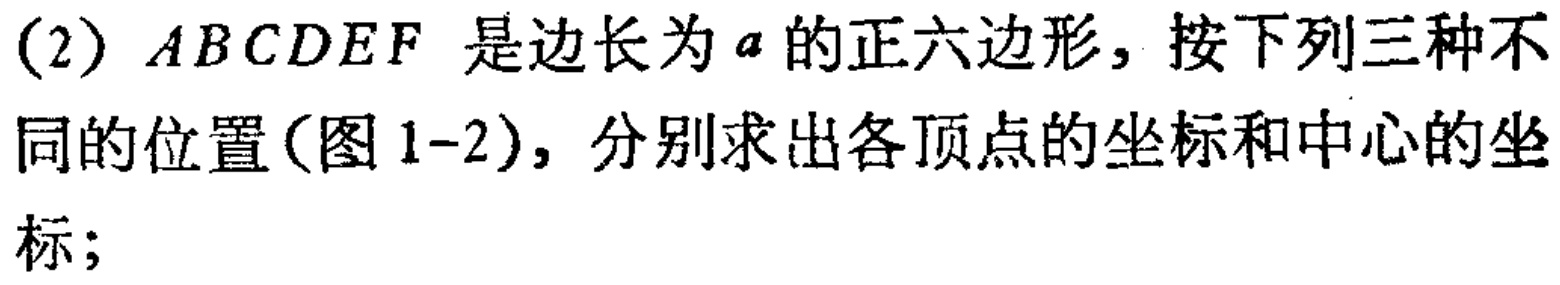
(2) \(ABCDEF\) 是边长为 \(a\) 的正六边形，按下列三种不同的位置(图 1-2)，分别求出各顶点的坐标和中心的坐标；